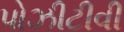
પોઝીટીવી